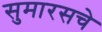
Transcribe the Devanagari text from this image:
सुमारसचे